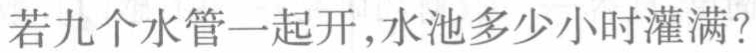
若九个水管一起开,水池多少小时灌满?